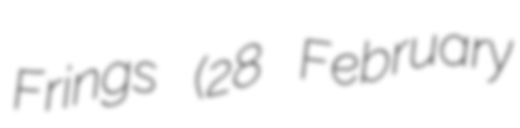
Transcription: Frings (28 February